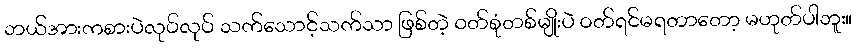
ဘယ်အားကစားပဲလုပ်လုပ် သက်သောင့်သက်သာ ဖြစ်တဲ့ ဝတ်စုံတစ်မျိုးပဲ ဝတ်ရင်မရတာတော့ မဟုတ်ပါဘူး။